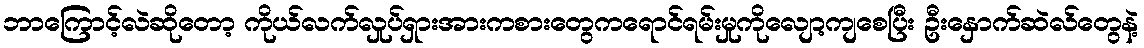
ဘာကြောင့်လဲဆိုတော့ ကိုယ်လက်လှုပ်ရှားအားကစားတွေကရောင်ရမ်းမှုကိုလျော့ကျစေပြီး ဦးနှောက်ဆဲလ်တွေနဲ့